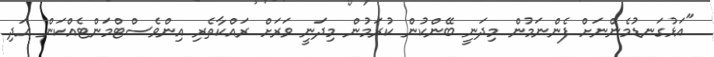
"އަޅުގަނޑުމެންނަށް ފެންނަމުން މިދަނީ ބޭންކުން ކުރަމުން މިދަނީ ވަރަށް ރައްކާތެރި އިންވެސްޓްމަންޓެއްކަން އަދި